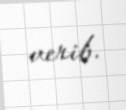
verib.